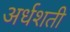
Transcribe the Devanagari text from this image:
अर्धशती